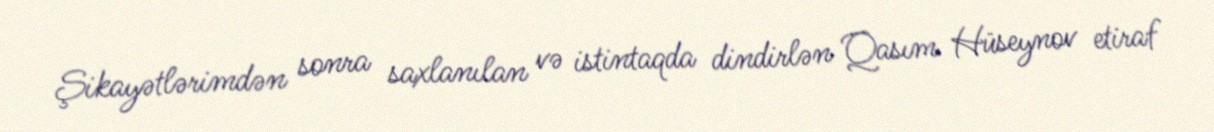
Şikayətlərimdən sonra saxlanılan və istintaqda dindirlən Qasım Hüseynov etiraf